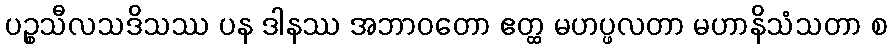
ပဉ္စသီလသဒိသဿ ပန ဒါနဿ အဘာဝတော ဧတ္ထ မဟပ္ဖလတာ မဟာနိသံသတာ စ